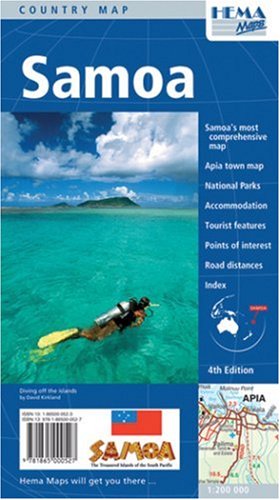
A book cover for Samoa (Pacific Countries); Hema; Travel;